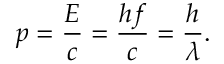
p = { \frac { E } { c } } = { \frac { h f } { c } } = { \frac { h } { \lambda } } .